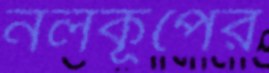
নলকূপের